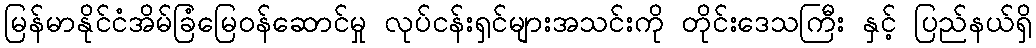
မြန်မာနိုင်ငံအိမ်ခြံမြေဝန်ဆောင်မှု လုပ်ငန်းရှင်များအသင်းကို တိုင်းဒေသကြီး နှင့် ပြည်နယ်ရှိ